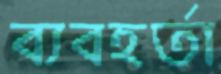
ব্যবহর্তা